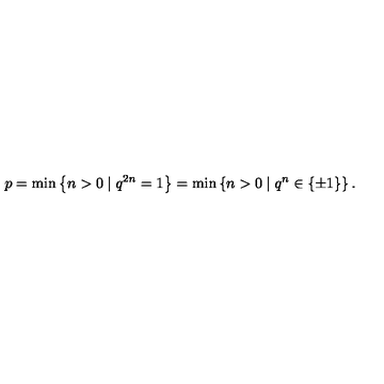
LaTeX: p = \min \left\{ n > 0 \mid q ^ { 2 n } = 1 \right\} = \min \left\{ n > 0 \mid q ^ { n } \in \{ \pm 1 \} \right\} .